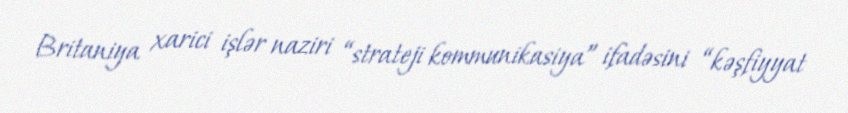
Britaniya xarici işlər naziri “strateji kommunikasiya” ifadəsini “kəşfiyyat